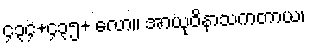
၄၃၄+၄၃၅+ လော။ အာယုဝိနာသကတာယ၊